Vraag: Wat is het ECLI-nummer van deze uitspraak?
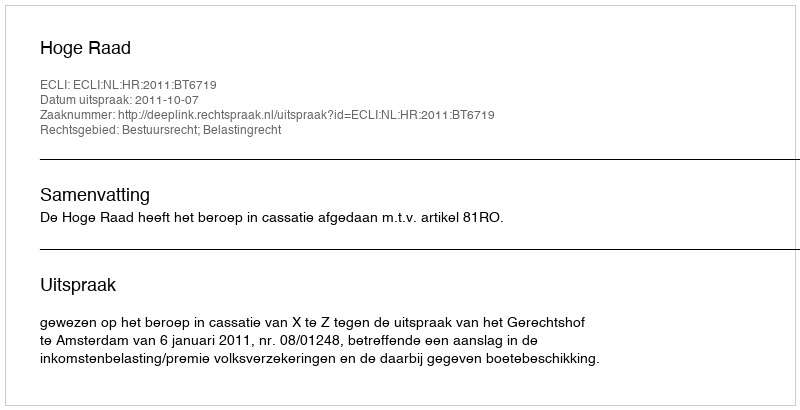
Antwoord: ECLI:NL:HR:2011:BT6719